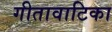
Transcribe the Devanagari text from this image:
गीतावाटिका